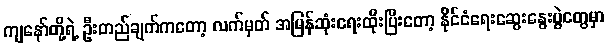
ကျနော်တို့ရဲ့ ဦးတည်ချက်ကတော့ လက်မှတ် အမြန်ဆုံးရေးထိုးပြီးတော့ နိုင်ငံရေးဆွေးနွေးပွဲတွေမှာ